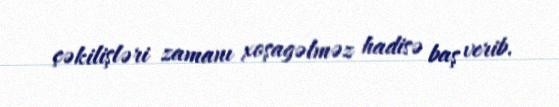
çəkilişləri zamanı xoşagəlməz hadisə baş verib.